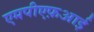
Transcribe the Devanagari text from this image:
एमपीएफ़आई